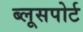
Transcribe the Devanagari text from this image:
ब्लूसपोर्ट